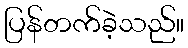
ပြန်တက်ခဲ့သည်။